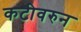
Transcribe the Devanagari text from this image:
कटीवरुन